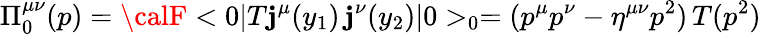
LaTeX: {\Pi}_{0}^{\mu\nu}(p)={\calF}<0|T\mathbf{j}^{\mu}(y_{1})\, \mathbf{j}^{\nu}(y_{2})|0>_{0}=(p^{\mu}p^{\nu}-\eta^{\mu\nu}p^{2})\, T(p^{2})